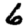
Digit: 6